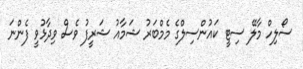
ސޯލިހް މާލޭ ސިޓީ ކައުންސިލްގެ މެމްބަރު ޝަމާއު ޝަރީފު ވެސް ވިދާޅުވީ ފެންނަ